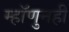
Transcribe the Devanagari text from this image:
म्हॉणुनही